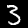
Digit: 3